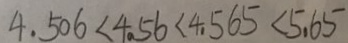
4 . 5 0 6 < 4 . 5 6 < 4 . 5 6 5 < 5 . 6 5